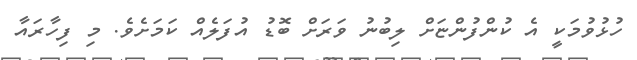
ހުޅުވުމަކީ އެ ކުންފުންޏަށް ލިބުނު ވަރަށް ބޮޑު އުފަލެއް ކަމަށެވެ. މި ފިހާރައާ